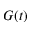
G ( t )